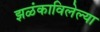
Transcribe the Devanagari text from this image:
झळंकाविलेल्या